Indian journal of veterinary science and animal husbandry - Volumes 24-25, 1954-1955
Year: 1954
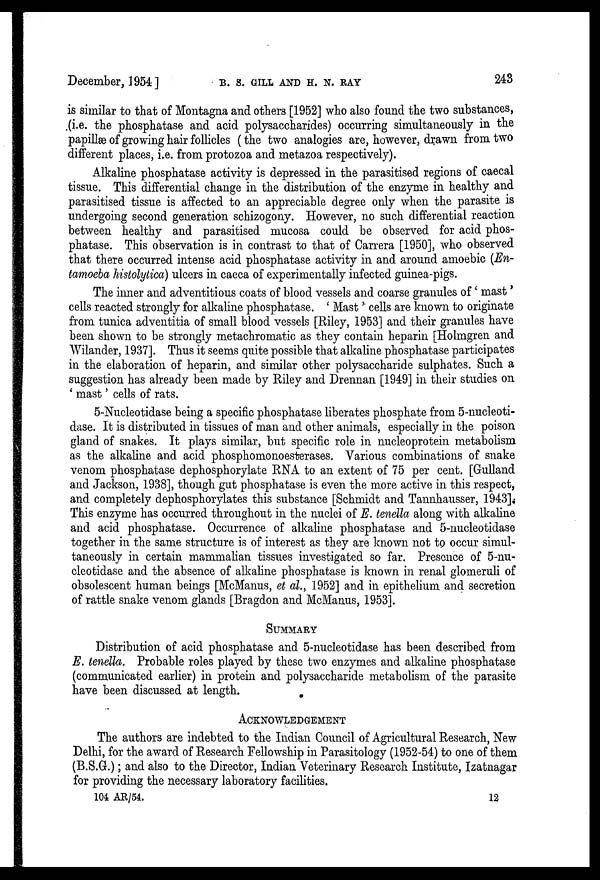
December, 1954]
B.
S.
GILL
AND
H.
N.
RAY
243
is similar to that of Montagna and others [1952] who also found the two substances,
(i.e. the phosphatase and acid polysaccharides) occurring simultaneously in the
papillæ of growing hair follicles (the two analogies are, however, drawn from two
different places, i.e. from protozoa and metazoa respectively).
Alkaline phosphatase activity is depressed in the parasitised regions of caecal
tissue. This differential change in the distribution of the enzyme in healthy and
parasitised tissue is affected to an appreciable degree only when the parasite is
undergoing second generation schizogony. However, no such differential reaction
between healthy and parasitised mucosa could be observed for acid phos-
phatase. This observation is in contrast to that of Carrera [1950], who observed
that there occurred intense acid phosphatase activity in and around amoebic (En-
tamoeba histolytica) ulcers in caeca of experimentally infected guinea-pigs.
The inner and adventitious coats of blood vessels and coarse granules of ' mast '
cells reacted strongly for alkaline phosphatase. ' Mast ' cells are known to originate
from tunica adventitia of small blood vessels [Riley, 1953] and their granules have
been shown to be strongly metachromatic as they contain heparin [Holmgren and
Wilander, 1937]. Thus it seems quite possible that alkaline phosphatase participates
in the elaboration of heparin, and similar other polysaccharide sulphates. Such a
suggestion has already been made by Riley and Drennan [1949] in their studies on
' mast ' cells of rats.
5-Nucleotidase being a specific phosphatase liberates phosphate from 5-nucleoti-
dase. It is distributed in tissues of man and other animals, especially in the poison
gland of snakes. It plays similar, but specific role in nucleoprotein metabolism
as the alkaline and acid phosphomonoesterases. Various combinations of snake
venom phosphatase dephosphorylate RNA to an extent of 75 per cent. [Gulland
and Jackson, 1938], though gut phosphatase is even the more active in this respect,
and completely dephosphorylates this substance [Schmidt and Tannhausser, 1943].
This enzyme has occurred throughout in the nuclei of E. tenella along with alkaline
and acid phosphatase. Occurrence of alkaline phosphatase and 5-nucleotidase
together in the same structure is of interest as they are known not to occur simul-
taneously in certain mammalian tissues investigated so far. Presence of 5-nu-
cleotidase and the absence of alkaline phosphatase is known in renal glomeruli of
obsolescent human beings [McManus, et al., 1952] and in epithelium and secretion
of rattle snake venom glands [Bragdon and McManus, 1953].
SUMMARY
Distribution of acid phosphatase and 5-nucleotidase has been described from
E. tenella. Probable roles played by these two enzymes and alkaline phosphatase
(communicated earlier) in protein and polysaccharide metabolism of the parasite
have been discussed at length.
ACKNOWLEDGEMENT
The authors are indebted to the Indian Council of Agricultural Research, New
Delhi, for the award of Research Fellowship in Parasitology (1952-54) to one of them
(B.S.G.) ; and also to the Director, Indian Veterinary Research Institute, Izatnagar
for providing the necessary laboratory facilities.
104 AR/54.
12